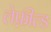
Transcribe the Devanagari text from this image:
लेफ़ील्ड